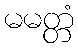
မမတ္တံ